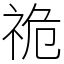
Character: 祪